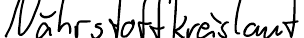
Nährstoffkreislauf